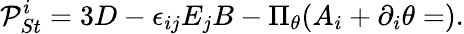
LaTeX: {\cal P}_{St}^{i}=3D-\epsilon_{ij}E_{j}B-\Pi_{\theta}(A_{i}+\partial_{i}\theta=).